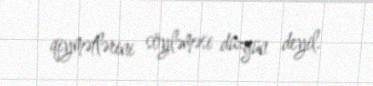
qiymətlərini söyləməsi düzgün deyil.